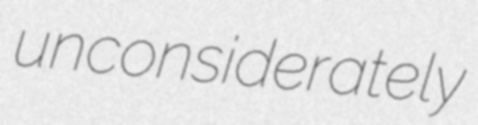
unconsiderately